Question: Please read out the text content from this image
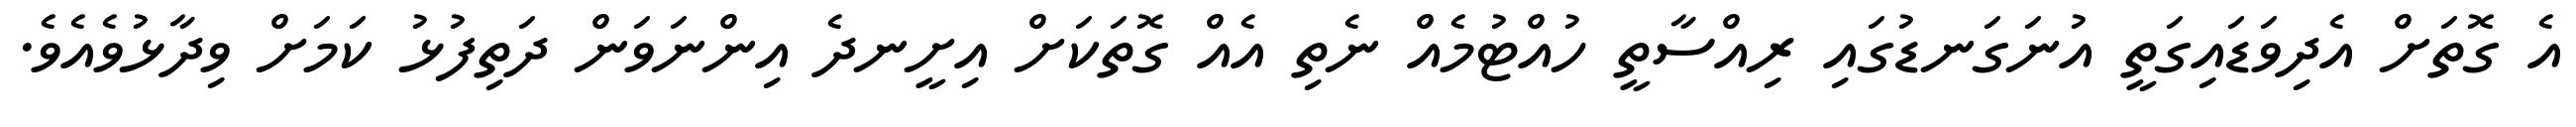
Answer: އެ ގޮތަށް އެދިވަޑައިގަތީ އުނަގަނޑުގައި ރިއްސާތީ ހުއްޓުމެއް ނެތި އެއް ގޮތަކަށް އިށީނދެ އިންނަވަން ދަތިފުޅު ކަމަށް ވިދާޅުވެއެވެ.